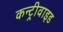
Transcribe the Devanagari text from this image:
कन्ट्रीवाइड